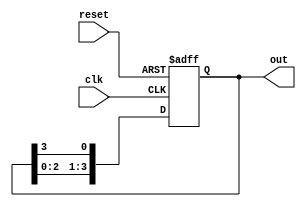
module ring_counter #(
    parameter N = 4  // Number of bits in the ring counter
)(
    input wire clk,        // Clock input
    input wire reset,      // Asynchronous reset
    output reg [N-1:0] out // Output representing the current state
);

// State transition logic
always @(posedge clk or posedge reset) begin
    if (reset) begin
        // Initialize to state 0
        out <= 1'b1; // Set the first flip-flop to '1'
    end else begin
        // Shift the '1' to the next flip-flop
        out <= {out[N-2:0], out[N-1]}; // Shift left
    end
end

endmodule